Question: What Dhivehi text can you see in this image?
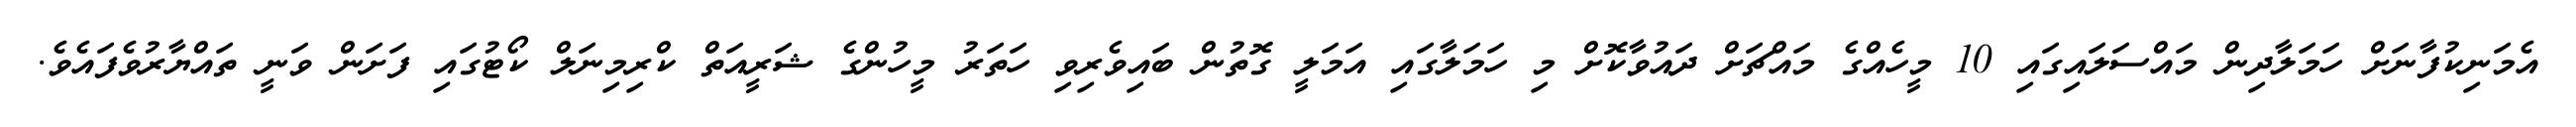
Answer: އެމަނިކުފާނަށް ހަމަލާދިން މައްސަލައިގައި 10 މީހެއްގެ މައްޗަށް ދައުވާކޮށް މި ހަމަލާގައި އަމަލީ ގޮތުން ބައިވެރިވި ހަތަރު މީހުންގެ ޝަރީއަތް ކްރިމިނަލް ކޯޓުގައި ފަށަން ވަނީ ތައްޔާރުވެފައެވެ.